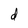
Character: d